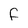
Character: F